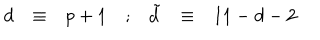
\begin{array} { c c c c c c c } { { d } } & { { \equiv } } & { { p + 1 } } & { { ; } } & { { { \tilde { d } } } } & { { \equiv } } & { { 1 1 - d - 2 } } \\ \end{array}